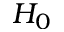
H _ { 0 }